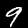
Digit: 9